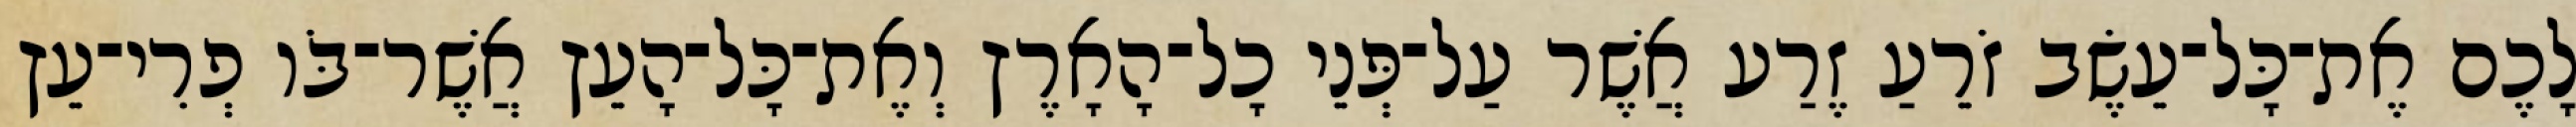
לָכֶם אֶת־כָּל־עֵשֶׂב זֹרֵעַ זֶרַע אֲשֶׁר עַל־פְּנֵי כָל־הָאָרֶץ וְאֶת־כָּל־הָעֵץ אֲשֶׁר־בֹּו פְרִי־עֵץ